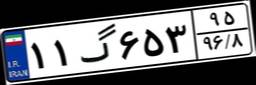
۸۸گ۲۳۸۷۵